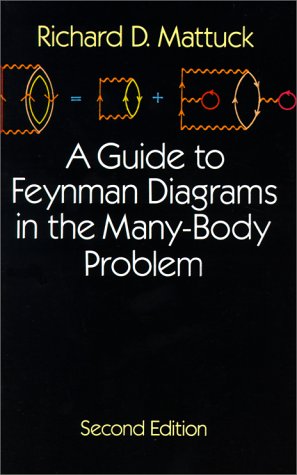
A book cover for A Guide to Feynman Diagrams in the Many-Body Problem: Second Edition (Dover Books on Physics); Richard D. Mattuck; Science & Math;